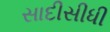
સાદીસીધી